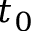
t _ { 0 }